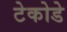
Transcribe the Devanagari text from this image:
टेकोडे